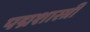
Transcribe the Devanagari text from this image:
पद्मशास्त्री